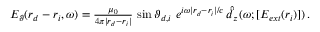
\begin{array} { r } { E _ { \vartheta } ( \boldsymbol { r } _ { d } - \boldsymbol { r } _ { i } , \omega ) = \frac { \mu _ { 0 } } { 4 \pi | \boldsymbol { r } _ { d } - \boldsymbol { r } _ { i } | } \, \sin { \vartheta _ { d , i } } \, \, e ^ { i \omega | \boldsymbol { r } _ { d } - \boldsymbol { r } _ { i } | / c } \, \hat { \ddot { d } } _ { z } ( \omega ; [ E _ { e x t } ( \boldsymbol { r } _ { i } ) ] ) \, . } \end{array}